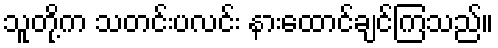
သူတို့က သတင်းပလင်း နားထောင်ချင်ကြသည်။